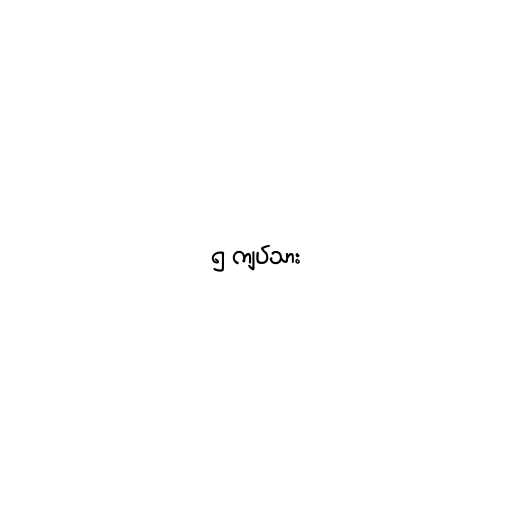
၅ ကျပ်သား